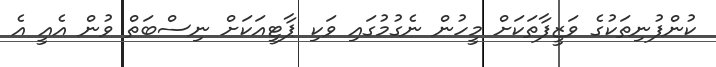
ކުންފުނިތަކުގެ ވަޒީފާތަކަށް މީހުން ނެގުމުގައި ވަކި ޕާޓީއަކަށް ނިސްބަތް ވުން އެއީ އެ